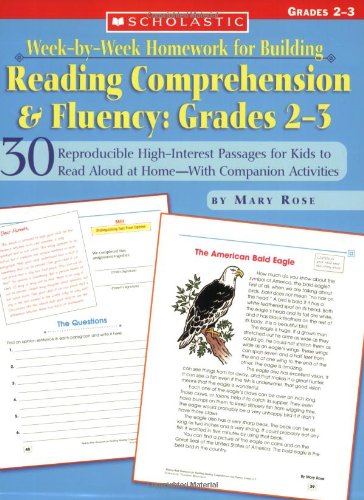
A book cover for Week-by-Week Homework for Building Reading Comprehension & Fluency: Grades 2EE3: 30 Reproducible High-Interest Passages for Kids to Read Aloud at ... Building Reading Comprehension and Fluency); Mary Rose; Reference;